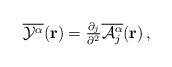
LaTeX: \begin{align*}\overline{{\cal Y}^{\alpha}}({\bf r})={\textstyle \frac{\partial_{j}}{\partial^{2}}\overline{{\cal A}_{j}^{\alpha}}({\bf r})}\,,\end{align*}